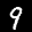
Label: 9